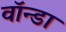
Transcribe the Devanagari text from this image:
वॉन्डा